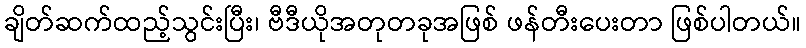
ချိတ်ဆက်ထည့်သွင်းပြီး၊ ဗီဒီယိုအတုတခုအဖြစ် ဖန်တီးပေးတာ ဖြစ်ပါတယ်။